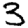
Digit: 3